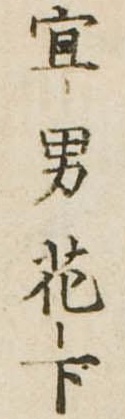
宜男花下